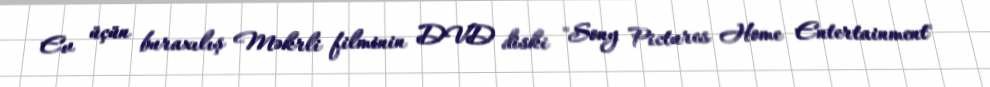
Ev üçün buraxılış Məkrli filminin DVD diski "Sony Pictures Home Entertainment"